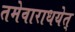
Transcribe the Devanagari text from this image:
तमेवाराधयेत्